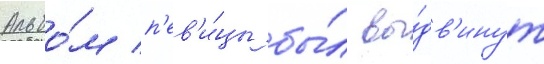
Альбо́м п'ев'и́цы бы́л вы́дв'инут